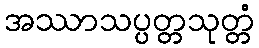
အဿာသပ္ပတ္တသုတ္တံ